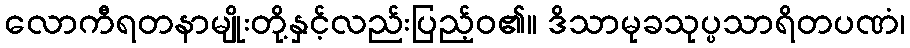
လောကီရတနာမျိုးတို့နှင့်လည်းပြည့်ဝ၏။ ဒိသာမုခသုပ္ပသာရိတပဏံ၊